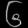
Digit: ၆